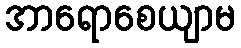
အာရောစေယျာမ